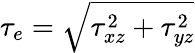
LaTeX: \tau_{e}=\sqrt{\tau_{xz}^{2}+\tau_{yz}^{2}}